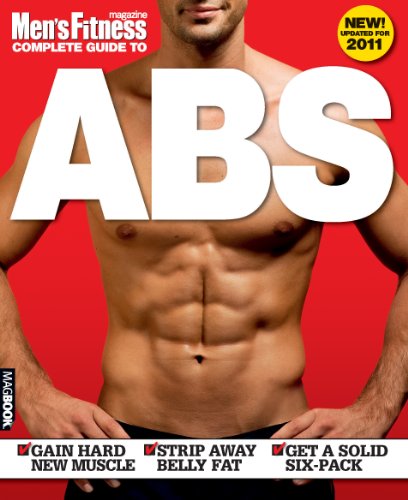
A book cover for Men's Fitness Complete Guide to Abs 2; Health, Fitness & Dieting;